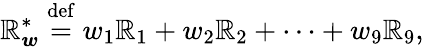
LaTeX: \boldsymbol{\mathbb{R}}_{\boldsymbol{w}}^{*}\stackrel{\mathrm{{def}}}{=}w_{1}\boldsymbol{\mathbb{R}}_{1}+w_{2}\boldsymbol{\mathbb{R}}_{2}+\cdots+w_{9}\boldsymbol{\mathbb{R}}_{9},